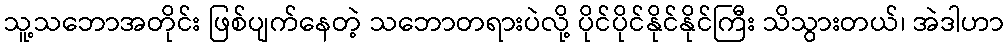
သူ့သဘောအတိုင်း ဖြစ်ပျက်နေတဲ့ သဘောတရားပဲလို့ ပိုင်ပိုင်နိုင်နိုင်ကြီး သိသွားတယ်၊ အဲဒါဟာ